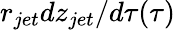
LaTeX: r_{jet}dz_{jet}/d\tau(\tau)